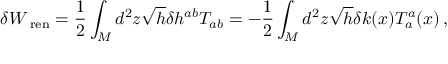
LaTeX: \delta W _ { { \mathrm { \scriptsize ~ { r e n } } } } = \frac { 1 } { 2 } \int _ { \cal M } d ^ { 2 } z \sqrt { h } \delta h ^ { a b } T _ { a b } = - \frac { 1 } { 2 } \int _ { \cal M } d ^ { 2 } z \sqrt { h } \delta k ( x ) T _ { a } ^ { a } ( x ) \, ,